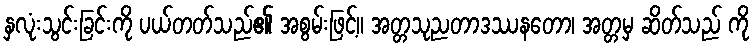
နှလုံးသွင်းခြင်းကို ပယ်တတ်သည်၏ အစွမ်းဖြင့်။ အတ္တသုညတာဒဿနတော၊ အတ္တမှ ဆိတ်သည် ကို